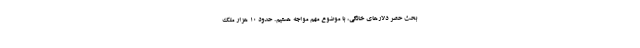
بحث حصر دلارهای خانگی، با موضوع مهم مواجه هستیم. حدود 10 هزار ملک